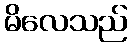
မိလေသည်